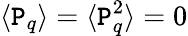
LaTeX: \langle\mathtt{P}_{q}\rangle=\langle\mathtt{P}_{q}^{2}\rangle=0